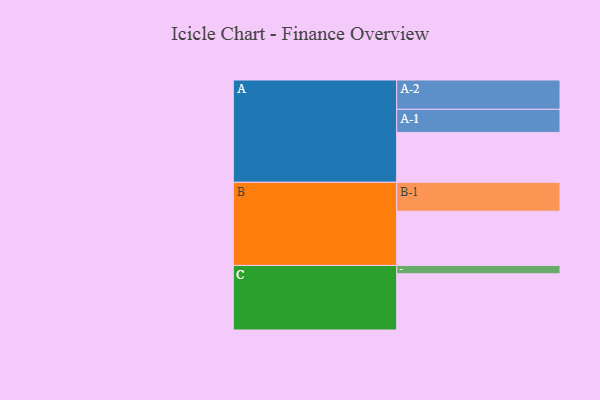
{"axis": {"x": "Segment", "y": "Value"}, "legend": ["", "A", "B", "C"], "data": [{"x": "A", "y": 480, "type": ""}, {"x": "B", "y": 522, "type": ""}, {"x": "C", "y": 541, "type": ""}, {"x": "A-1", "y": 222, "type": "A"}, {"x": "A-2", "y": 282, "type": "A"}, {"x": "B-1", "y": 278, "type": "B"}, {"x": "C-1", "y": 80, "type": "C"}]}